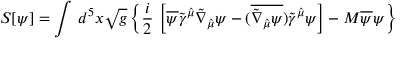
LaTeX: { \cal S } [ \psi ] = \int \, d ^ { 5 } x \sqrt { g } \left\{ \frac { i } { 2 } \, \left[ \overline { { { \psi } } } \tilde { \gamma } ^ { \hat { \mu } } \tilde { \nabla } _ { \hat { \mu } } \psi - ( \overline { { { \tilde { \nabla } _ { \hat { \mu } } \psi } } } ) \tilde { \gamma } ^ { \hat { \mu } } \psi \right] - M \overline { { { \psi } } } \psi \right\}